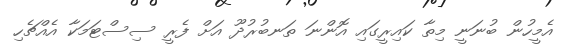
އެމީހުން ބުނަނީ މިތާ ކައިރީގައި އޮންނަ ތަނބުރުދޫ އަށް ފެރީ ސިސްޓަމަކާ އެއްޗެހި